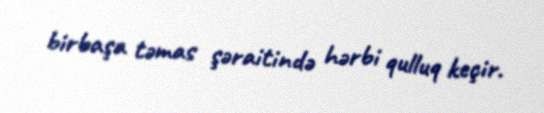
birbaşa təmas şəraitində hərbi qulluq keçir.